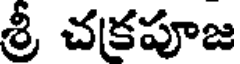
శ్రీ చకపూజ